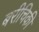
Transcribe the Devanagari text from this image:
बरीचिकी